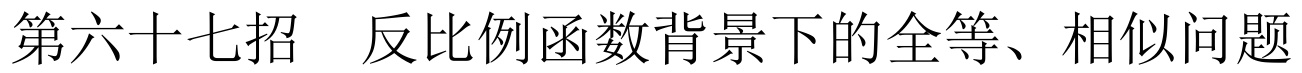
第六十七招 反比例函数背景下的全等、相似问题